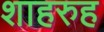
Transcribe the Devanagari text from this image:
शाहरुह